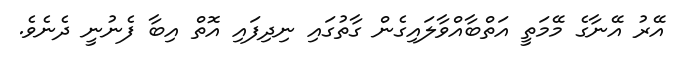
އޭރު އޭނާގެ މޭމަތީ އަތްބާއްވާލައިގެން ގާތުގައި ނިދިފައި އޮތް އިބާ ފެނުނީ ދެނެވެ.